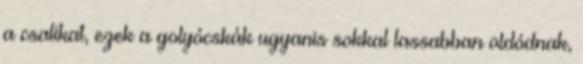
a csalikat, ezek a golyócskák ugyanis sokkal lassabban oldódnak,